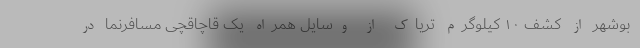
بوشهر از کشف ۱۰ کیلوگرم تریاک از وسایل همراه یک قاچاقچی مسافرنما در